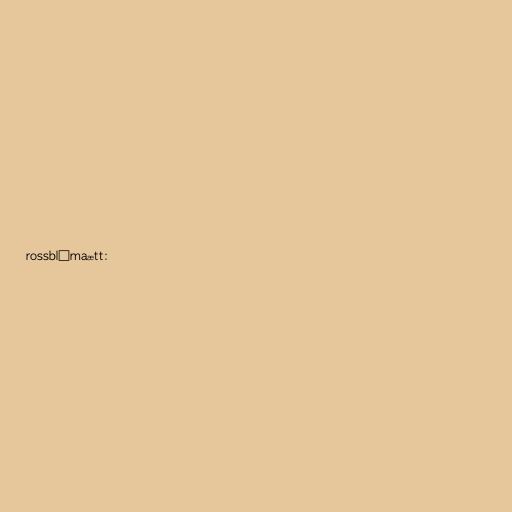
rossblómaætt: